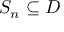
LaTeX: S _ { n } \subseteq D